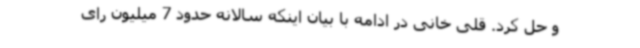
و حل کرد. قلی خانی در ادامه با بیان اینکه سالانه حدود 7 میلیون رای